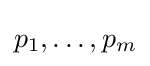
p_{1},\ldots ,p_{m}